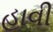
હાવી